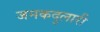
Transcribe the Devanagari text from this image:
जनकदुलारी